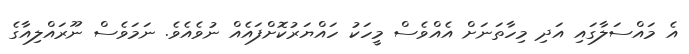
އެ މައްސަލާގައި އަދި މިހާތަނަށް އެއްވެސް މީހަކު ހައްޔަރުކޮށްފައެއް ނުވެއެވެ. ނަމަވެސް ނޫރައްލިއާގެ